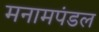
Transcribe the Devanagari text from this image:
मनामपंडल